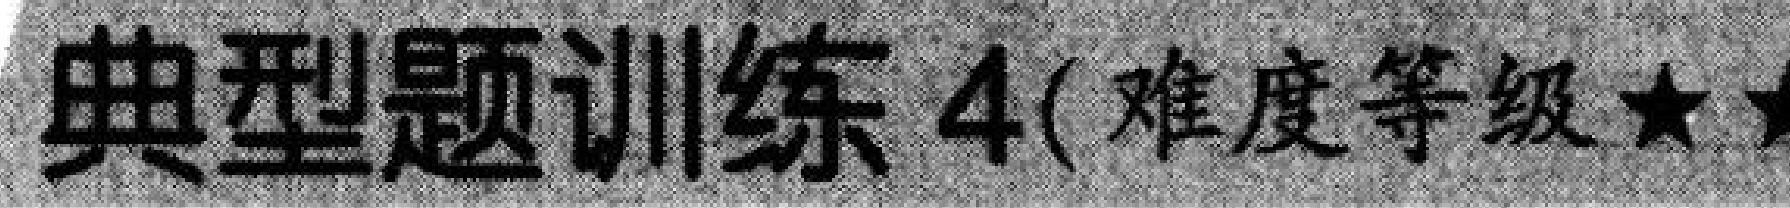
典型题训练 4(难度等级★★